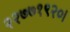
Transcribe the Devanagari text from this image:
२२७७१९२०।